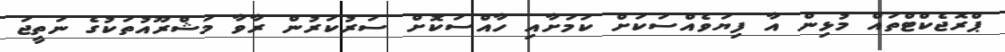
ޕްރޮޖެކްޓްތައް މުޅިން އާ ފިޔަވެއްސަކަށް ކަމަށާއި ހާއްސަކޮށް ސަރުކަރުން ރާވާ މަޝްރޫއުތަކުގެ ނަތީޖަ